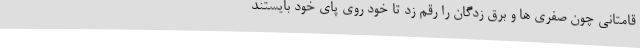
قامتانی چون صفری ها و برق زدگان را رقم زد تا خود روی پای خود بایستند